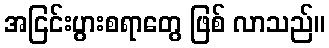
အငြင်းပွားစရာတွေ ဖြစ် လာသည်။